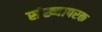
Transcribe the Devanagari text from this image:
संख्यापरक